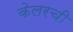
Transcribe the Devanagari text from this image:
केलरची